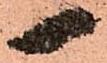
一